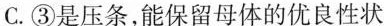
C.③是压条，能保留母体的优良性状